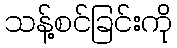
သန့်စင်ခြင်းကို